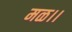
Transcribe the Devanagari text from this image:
मळ।।